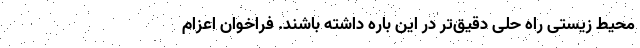
محیط زیستی راه حلی دقیق‌تر در این باره داشته باشند. فراخوان اعزام